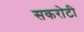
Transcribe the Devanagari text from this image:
सकरोटी